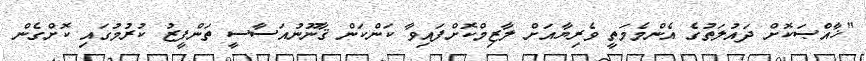
"ޚާއްޞަކޮށް ދައުލަތުގެ އެންމެމަތީ ވެރިޔާއަށް ލާޒިމްކޮށްފައިވާ ކަންކަން ޤާނޫނުއަސާސީ ތަންފީޒު ކުރުމުގައި ކޮށްގެން